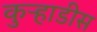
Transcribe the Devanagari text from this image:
कुऱ्हाडीस